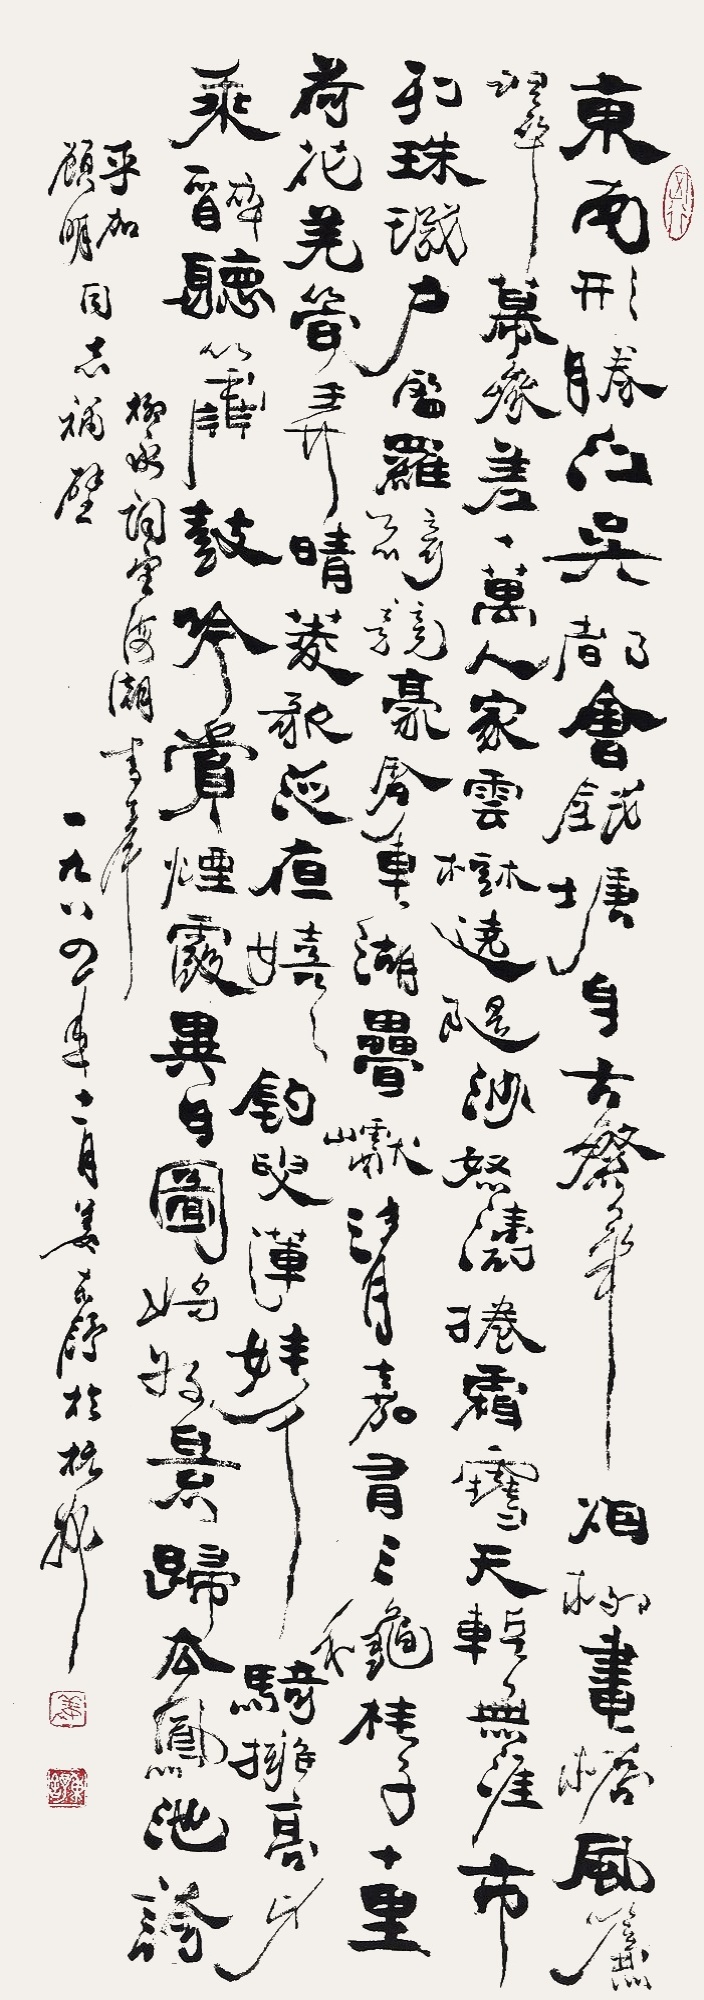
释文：东南形胜，三吴都会，钱塘自古繁华。烟柳画桥，风帘翠幕，参差十万人家。云树绕堤沙，怒涛卷霜雪，天堑无涯。市列珠玑，户盈罗绮，竞豪奢。重湖叠𪩘清嘉，有三秋桂子，十里荷花。羌管弄晴，菱歌泛夜，嬉嬉钓叟莲娃。千骑拥高牙，乘醉听箫鼓，吟赏烟霞。异日图将好景，归去凤池夸。柳永词《望海潮》，书奉乎加、顾明同志补壁。一九八四年十一月，姜东舒于杭州。